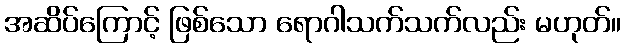
အဆိပ်ကြောင့် ဖြစ်သော ရောဂါသက်သက်လည်း မဟုတ်။